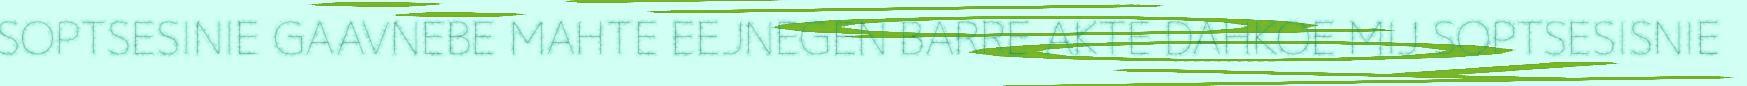
SOPTSESINIE GAAVNEBE MAHTE EEJNEGEN BARRE AKTE DAHKOE MIJ SOPTSESISNIE